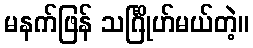
မနက်ဖြန် သင်္ဂြိုဟ်မယ်တဲ့။